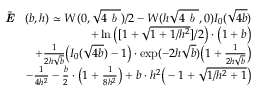
\begin{array} { r l r } & { } & { \tilde { \textbf { \emph { E } } } ( b , h ) \simeq W ( 0 , \sqrt { 4 \emph { b } } ) / 2 - W ( h \sqrt { 4 \emph { b } } , 0 ) I _ { 0 } ( \sqrt { 4 b } ) } \\ & { } & { + \ln \big ( [ 1 + \sqrt { 1 + 1 / h ^ { 2 } } ] / 2 \big ) \cdot \big ( 1 + b \big ) } \\ & { } & { + { \frac { 1 } { 2 h \sqrt { b } } } \big ( I _ { 0 } ( \sqrt { 4 b } ) - 1 \big ) \cdot \exp ( - 2 h \sqrt { b } ) \big ( 1 + { \frac { 1 } { 2 h \sqrt { b } } } \big ) } \\ & { } & { - { \frac { 1 } { 4 h ^ { 2 } } } - { \frac { b } { 2 } } \cdot \big ( 1 + { \frac { 1 } { 8 h ^ { 2 } } } \big ) + b \cdot h ^ { 2 } \big ( - 1 + \sqrt { 1 / h ^ { 2 } + 1 } \big ) } \end{array}